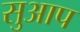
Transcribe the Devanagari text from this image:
सुआप